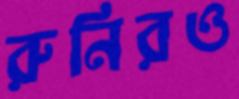
রুনিরও